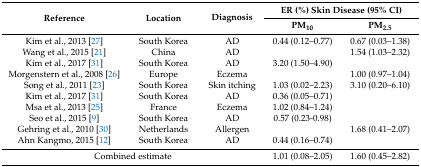
<table><thead><tr><td rowspan="2"><b>Reference</b></td><td rowspan="2"><b>Location</b></td><td rowspan="2"><b>Diagnosis</b></td><td colspan="2"><b>ER (%) Skin Disease (95% CI)</b></td></tr><tr><td><b>PM<sub>10</sub></b></td><td><b>PM<sub>2.5</sub></b></td></tr></thead><tbody><tr><td>Kim et al., 2013 [27]</td><td>South Korea</td><td>AD</td><td>0.44 (0.12–0.77)</td><td>0.67 (0.03–1.38)</td></tr><tr><td>Wang et al., 2015 [21]</td><td>China</td><td>AD</td><td></td><td>1.54 (1.03–2.32)</td></tr><tr><td>Kim et al., 2017 [31]</td><td>South Korea</td><td>AD</td><td>3.20 (1.50–4.90)</td><td></td></tr><tr><td>Morgenstern et al., 2008 [26]</td><td>Europe</td><td>Eczema</td><td></td><td>1.00 (0.97–1.04)</td></tr><tr><td>Song et al., 2011 [23]</td><td>South Korea</td><td>Skin itching</td><td>1.03 (0.02–2.23)</td><td>3.10 (0.20–6.10)</td></tr><tr><td>Kim et al., 2017 [31]</td><td>South Korea</td><td>AD</td><td>0.36 (0.05–0.71)</td><td></td></tr><tr><td>Msa et al., 2013 [25]</td><td>France</td><td>Eczema</td><td>1.02 (0.84–1.24)</td><td></td></tr><tr><td>Seo et al., 2015 [9]</td><td>South Korea</td><td>AD</td><td>0.57 (0.23-0.98)</td><td></td></tr><tr><td>Gehring et al., 2010 [30]</td><td>Netherlands</td><td>Allergen</td><td></td><td>1.68 (0.41–2.07)</td></tr><tr><td>Ahn Kangmo, 2015 [12]</td><td>South Korea</td><td>AD</td><td>0.44 (0.16–0.74)</td><td></td></tr><tr><td colspan="3">Combined estimate</td><td>1.01 (0.08–2.05)</td><td>1.60 (0.45–2.82)</td></tr></tbody></table>